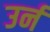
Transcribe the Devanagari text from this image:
उर्न